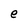
Character: e